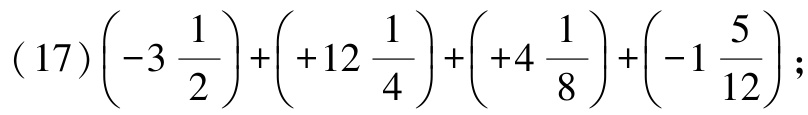
\((17)\left(-3\frac{1}{2}\right)+\left(+12\frac{1}{4}\right)+\left(+4\frac{1}{8}\right)+\left(-1\frac{5}{12}\right);\)